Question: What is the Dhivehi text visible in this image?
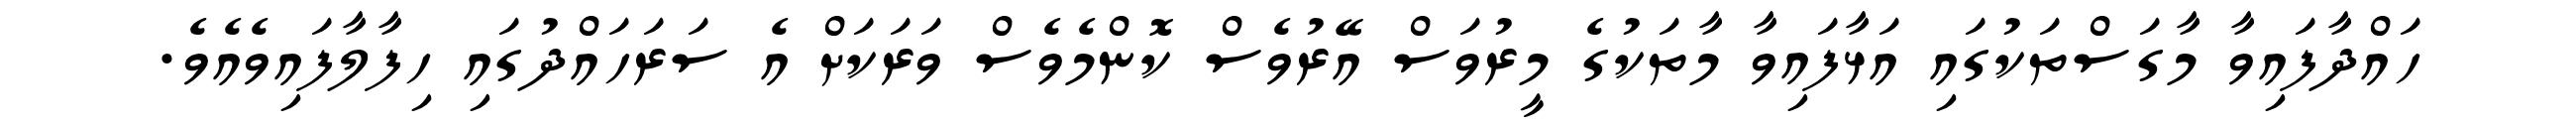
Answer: ހައްދާފައިވާ މާގަސްތަކުގައި އަޅާފައިވާ މާތަކުގެ މީރުވަސް އޭރުވެސް ކޮންމެވެސް ވަރަކަށް އެ ސަރަހައްދުގައި ހިފާލާފައިވެއެވެ.